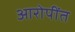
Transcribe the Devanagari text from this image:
आरोपींत